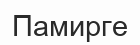
Памирге